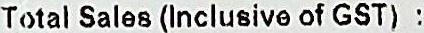
TOTAL SALES (INCLUSIVE OF GST) :